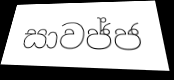
සාවජ්ජ